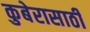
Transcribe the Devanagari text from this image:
कुबेरासाठी